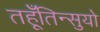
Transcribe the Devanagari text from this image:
तहूँतिन्सुयो